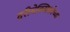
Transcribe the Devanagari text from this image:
दरीमेक्सिकोच्या